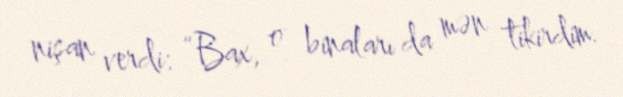
nişan verdi: “Bax, o binaları da mən tikirdim.